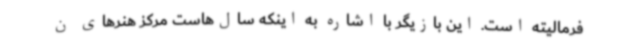
فرمالیته است. این بازیگر با اشاره به اینکه سال‌هاست مرکز هنرهای ن